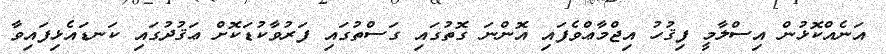
އަނެއްކޮޅުން އިސްލާމީ ފިޤުހު އިޖްމާޢްވެފައި އޮންނަ ގޮތުގައި ގަސްތުގައި ފަރުވާކުޑަކޮށް ޢަޤުދުގައި ކަނޑައެޅިފައިވާ